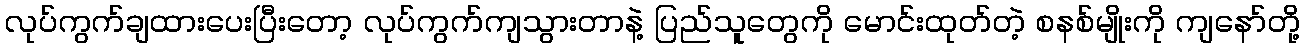
လုပ်ကွက်ချထားပေးပြီးတော့ လုပ်ကွက်ကျသွားတာနဲ့ ပြည်သူတွေကို မောင်းထုတ်တဲ့ စနစ်မျိုးကို ကျနော်တို့